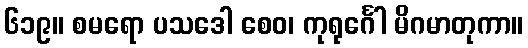
၆၁၉။ စမရော ပသဒေါ စေဝ၊ ကုရုင်္ဂေါ မိဂမာတုကာ။